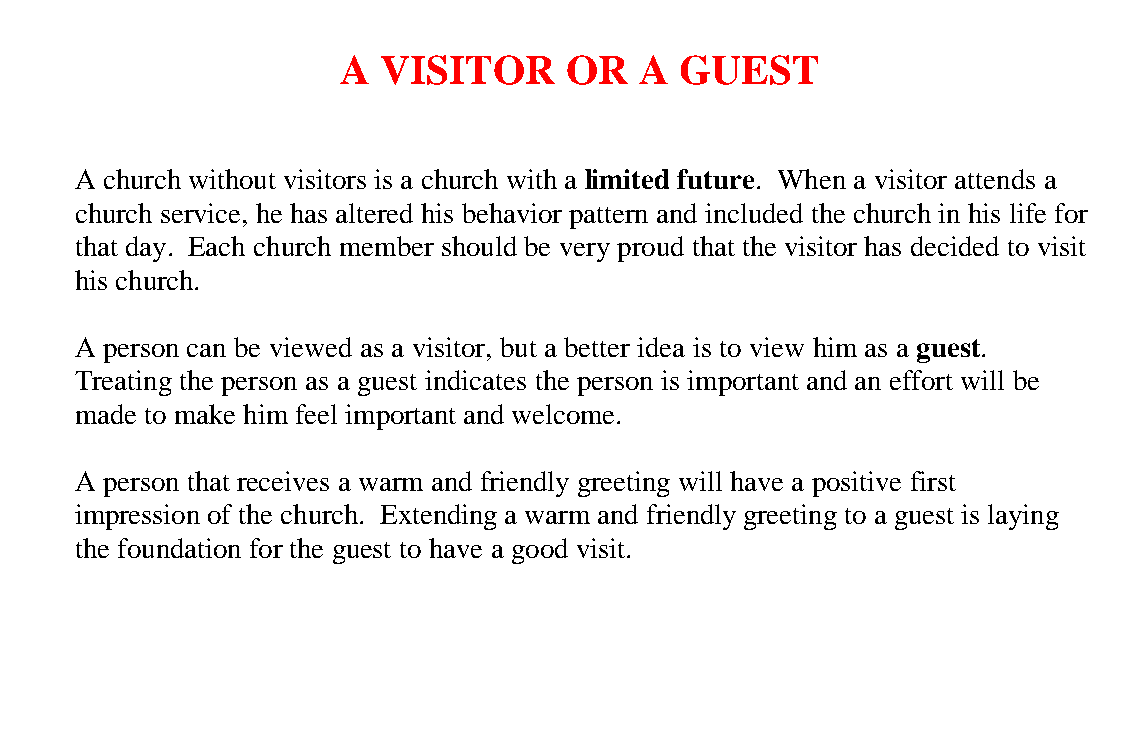
A VISITOR     OR   A  GUEST
 A church without visitors is a church with a limited future. When a visitor attends a
 church service, he has altered his behavior pattern and included the church in his life for
 that day. Each church member should be very proud that the visitor has decided to visit
 his church.
 A person can be viewed as a visitor, but a better idea is to view him as a guest.
 Treating the person as a guest indicates the person is important and an effort will be
 made to make him feel important and welcome.
 A person that receives a warm and friendly greeting will have a positive first
 impression of the church. Extending a warm and friendly greeting to a guest is laying
 the foundation for the guest to have a good visit.